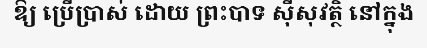
ឱ្យ ប្រើប្រាស់ ដោយ ព្រះបាទ ស៊ីសុវត្ថិ នៅក្នុង